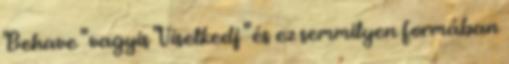
"Behave " vagyis "Viselkedj " és ez semmilyen formában